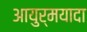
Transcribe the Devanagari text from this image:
आयुर्मयादा